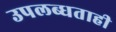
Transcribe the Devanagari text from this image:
उपलब्धताही